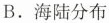
B.海陆分布